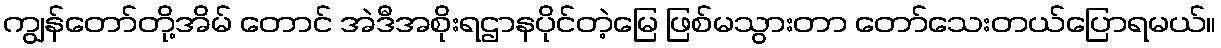
ကျွန်တော်တို့အိမ် တောင် အဲဒီအစိုးရဌာနပိုင်တဲ့မြေ ဖြစ်မသွားတာ တော်သေးတယ်ပြောရမယ်။